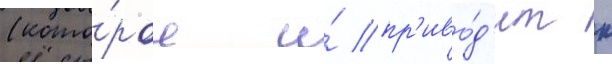
(кото́рое и́ пр'иво́д'ит к